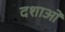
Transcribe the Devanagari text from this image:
दशाओ